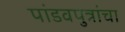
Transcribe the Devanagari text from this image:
पांडवपुत्रांचा